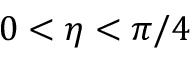
0 < \eta < \pi / 4